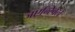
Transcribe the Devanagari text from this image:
जएन्स्विले